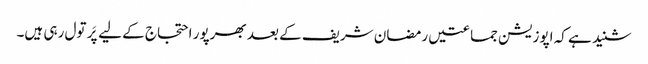
شنید ہے کہ اپوزیشن جماعتیں رمضان شریف کے بعد بھرپور احتجاج کے لیے پَر تول رہی ہیں۔